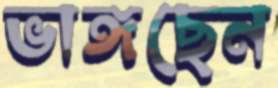
ভাঙ্গছেন